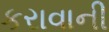
કરાવાની